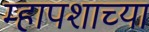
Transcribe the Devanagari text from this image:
म्हापशाच्या